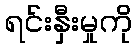
ရင်းနှီးမှုကို